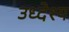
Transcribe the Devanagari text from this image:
उध्देश्य